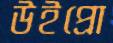
উইপ্রো